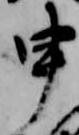
申